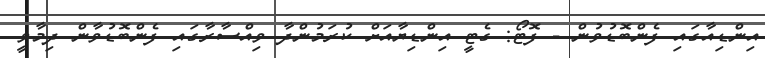
އިންޑިއާގައި ފެންބޮޑުވުން - ފޮޓޯ: ގެޓީ އިންޑިޔާއަށް ކުރަމުންދާ ވިއްސާރާގައި ފެންބޮޑުވާން ދިމާވީ